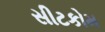
સીટકોમ